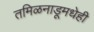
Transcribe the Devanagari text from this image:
तमिळनाडूमधेही